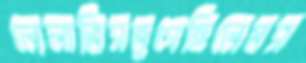
লেলাতিসভুগেছিলেমস